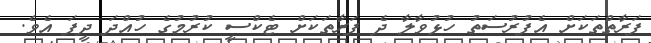
ފަރާތްތަކަށް އެފުރުސަތު ހުޅުވާލާ ދެ ފަރާތަކަށް ޓެކްސީ ކުރުމުގެ ހުއްދަ ދީފަ އެވެ.